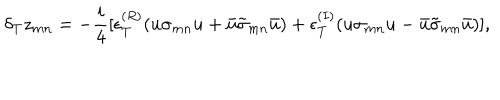
\delta _ { T } z _ { m n } = - \frac { i } { 4 } [ \epsilon _ { T } ^ { ( R ) } ( u \sigma _ { m n } u + \bar { u } \tilde { \sigma } _ { m n } \bar { u } ) + \epsilon _ { T } ^ { ( I ) } ( u \sigma _ { m n } u - \bar { u } \tilde { \sigma } _ { m n } \bar { u } ) ] ,